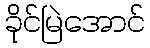
ခိုင်မြဲအောင်